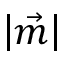
\left| \vec { m } \right|